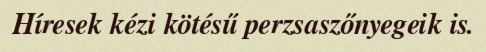
Híresek kézi kötésű perzsaszőnyegeik is.